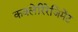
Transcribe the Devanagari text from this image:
कवलेरिरेजिमेंट